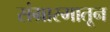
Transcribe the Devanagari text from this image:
संग्रारमातून